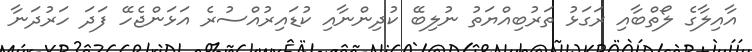
އާއިލާގެ ލޯތްބާއި ރަގަޅު ތަރުބިއްޔަތު ނުލިބޭ ކުދިންނާއި ކުޑައިރުއްސުރެ އަޅަންޖެހޭ ފަދަ ހަރުދަނާ